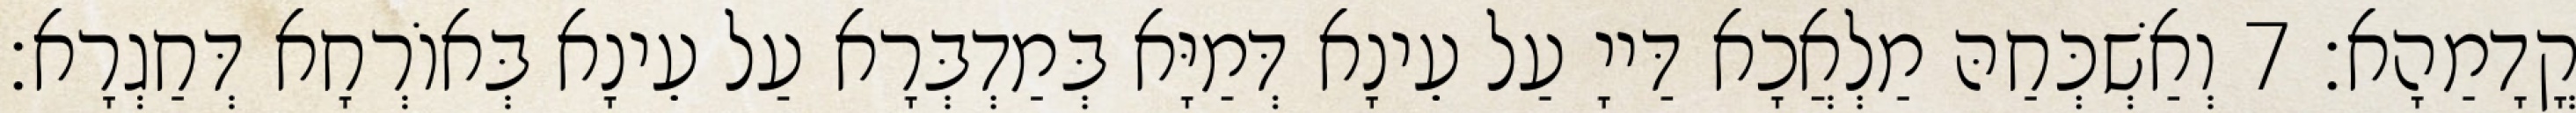
קֳדָמַהָא׃ 7 וְאַשְׁכְּחַהּ מַלְאֲכָא דַּייָ עַל עֵינָא דְּמַיָּא בְּמַדְבְּרָא עַל עֵינָא בְּאוֹרְחָא דְּחַגְרָא׃